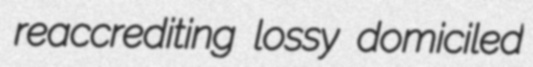
reaccrediting lossy domiciled